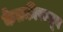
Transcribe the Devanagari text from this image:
केतकीपासून